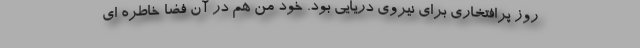
روز پرافتخاری برای نیروی دریایی بود. خود من هم در آن فضا خاطره ای